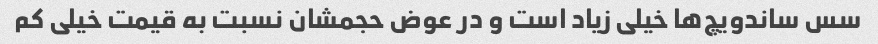
سس ساندویچ‌ها خیلی زیاد است و در عوض حجمشان نسبت به قیمت خیلی کم